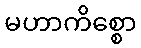
မဟာကိစ္စော